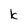
Character: k